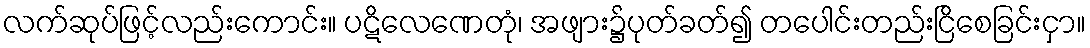
လက်ဆုပ်ဖြင့်လည်းကောင်း။ ပဋိလေဏေတုံ၊ အဖျား၌ပုတ်ခတ်၍ တပေါင်းတည်းငြိစေခြင်းငှာ။